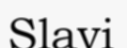
Slavi